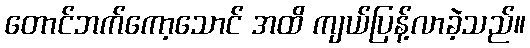
တောင်ဘက်ကော့သောင် အထိ ကျယ်ပြန့်လာခဲ့သည်။